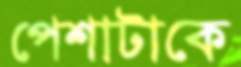
পেশাটাকে